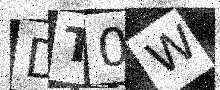
Text: DT0W